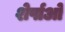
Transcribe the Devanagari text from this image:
शेर्पाओ